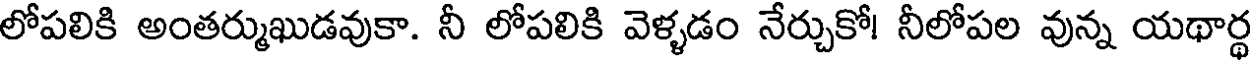
లోపలికి అంతర్ముఖుడవుకా. నీ లోపలికి వెళ్ళడం నేర్చుకో! నీలోపల వున్న యథార్థ